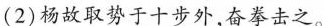
(2)杨故取势于十步外，奋拳击之。